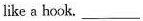
like a hook. ___.